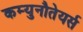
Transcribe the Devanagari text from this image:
कम्युनौतेयर्स